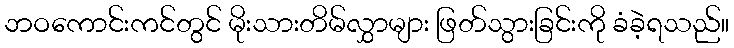
ဘဝကောင်းကင်တွင် မိုးသားတိမ်လွှာများ ဖြတ်သွားခြင်းကို ခံခဲ့ရသည်။